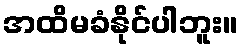
အထိမခံနိုင်ပါဘူး။